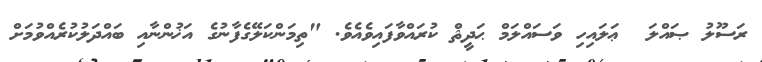
ރަސޫލު ޞައްލަ  ޢަލައިހި ވަސައްލަމް ޙަދީޘް ކުރައްވާފައިވެއެވެ. "ތިމަންކަލޭގެފާނުގެ އަޚުންނާއި ބައްދަލުކުރެއްވުމަށް